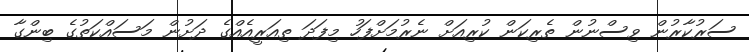
ސަރުކާރުން ވިސްނުން ތެރިކަން ކުރިއަށް ނެރުމަށްފަހު މިފަދަ ތިއަރީއެއްގެ ދަށުން މަސައްކަތުގެ ބިންގާ